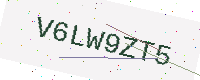
Text: V6LW9ZT5